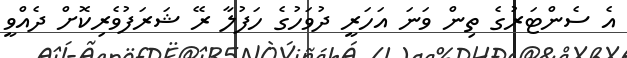
އެ ސެންޓަރުގެ ތިން ވަނަ އަހަރީ ދުވަހުގެ ހަފުލާ ރޭ ޝަރަފުވެރިކޮށް ދެއްވީ